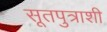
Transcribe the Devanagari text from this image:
सूतपुत्राशी